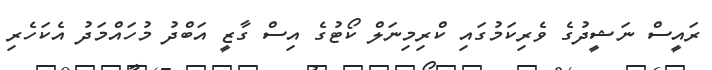
ރައީސް ނަޝީދުގެ ވެރިކަމުގައި ކްރިމިނަލް ކޯޓުގެ އިސް ގާޒީ އަބްދު މުހައްމަދު އެކަހެރި